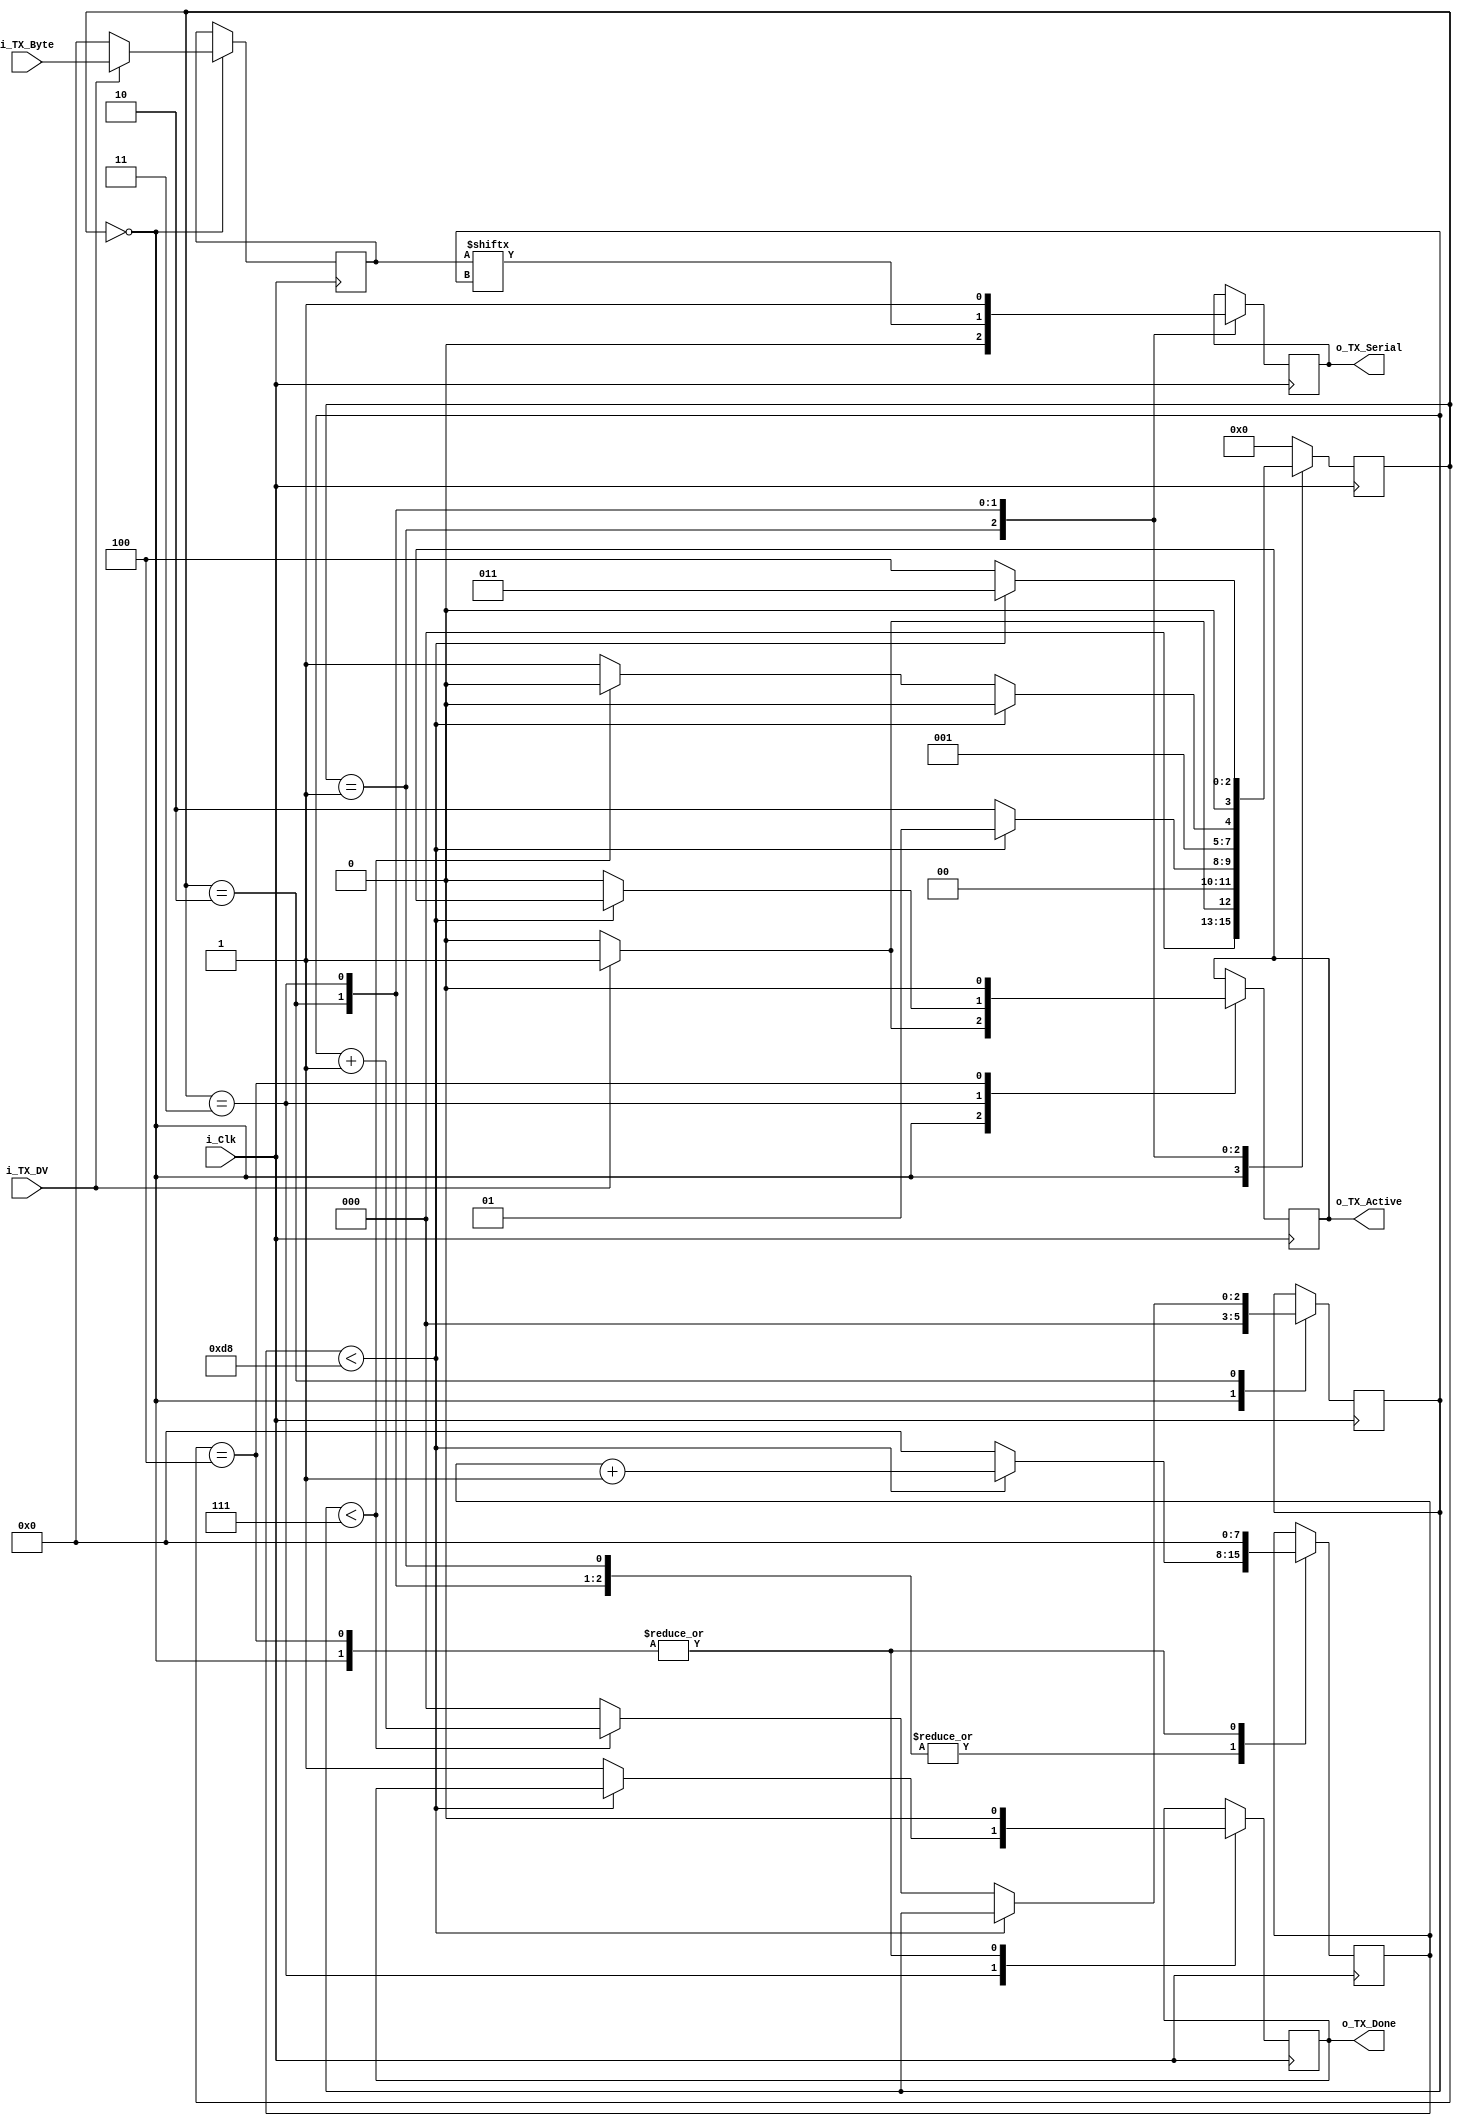
module UART_TX 
#(parameter CLKS_PER_BIT = 217)
(
    input i_Clk,
    input i_TX_DV, //Data valid signal to start parallelising 
    input [7:0] i_TX_Byte,
    output o_TX_Active, //HIGH when data is being parallelised
    output reg o_TX_Serial, //Serial out 
    output o_TX_Done //HIGH pulse of one clock cycle duration when done
);

    //My implementation 
    parameter IDLE = 4'b0000;
    parameter TX_START_BIT = 4'b0001;
    parameter TX_DATA_BIT = 4'b0010;
    parameter TX_STOP_BIT = 4'b0011;
    parameter CLEANUP = 4'b0100;

    reg [7:0] r_Clock_Counter = 0;
    reg [2:0] r_Bit_Index = 0;
    reg [3:0] r_SM_Main = IDLE;
    reg [7:0] r_TX_Data = 0; 
    reg r_TX_Serial = 0;
    reg r_TX_Done = 0;
    reg r_TX_Active = 0;
    
    always @(posedge i_Clk)
    begin
        case (r_SM_Main)
            IDLE:
            begin
                r_TX_Data <=0;
                r_TX_Active <=0;
                r_TX_Done <= 0;
                r_TX_Data <= 0;
                r_TX_Serial <= 0;
                r_Bit_Index <= 0;
                r_Clock_Counter <= 0;

                if(i_TX_DV == 1'b1)
                begin
                    //Start parallelising
                    r_SM_Main <= TX_START_BIT;
                    r_TX_Active <= 1'b1;
                    r_TX_Data <= i_TX_Byte;
                end
                else
                    r_SM_Main <= IDLE;
            end

            TX_START_BIT:
            begin
                o_TX_Serial <= 1'b0;

                //Keep for CLKS_PER_BIT clock cycles
                if(r_Clock_Counter < CLKS_PER_BIT - 1)
                begin
                    r_Clock_Counter <= r_Clock_Counter +1;
                    r_SM_Main <= TX_START_BIT;
                end
                else begin
                    r_SM_Main <= TX_DATA_BIT;
                    r_Clock_Counter <= 0;
                end
            end

            TX_DATA_BIT:
            begin
                //Send data on Serial out line 
                o_TX_Serial <= r_TX_Data[r_Bit_Index];

                //Wait for CLKS_PER_BIT clock cycles before sending next data bit
                if(r_Clock_Counter < CLKS_PER_BIT -1)
                begin
                    r_SM_Main <= TX_DATA_BIT;
                    r_Clock_Counter <= r_Clock_Counter +1;
                end
                else
                begin
                    r_Clock_Counter <= 0;

                    if(r_Bit_Index <7)
                    begin
                        r_Bit_Index <= r_Bit_Index +1;
                        r_SM_Main <= TX_DATA_BIT;
                    end
                    else
                    begin
                        r_Bit_Index <= 0;
                        r_SM_Main <= TX_STOP_BIT;
                    end
                end  
            end

            TX_STOP_BIT:
            begin
                //Send out the stop bit (HIGH) and then wait for CLKS_PER_BIT clock cycles

                o_TX_Serial <= 1'b1;

                if(r_Clock_Counter < CLKS_PER_BIT -1)
                begin
                    r_Clock_Counter <= r_Clock_Counter +1;
                    r_SM_Main <= TX_STOP_BIT;
                end

                //Stays for 1 clock cycle here
                else begin
                    r_Clock_Counter <= 0;
                    r_TX_Active <= 1'b0;
                    r_TX_Done <= 1'b1;
                    r_SM_Main <= CLEANUP;
                end
            end

            //Stays for 1 clock cycle here
            CLEANUP:
            begin
                r_Clock_Counter <= 0;
                r_TX_Active <= 1'b0;
                r_TX_Done <= 1'b0; //Makes done signal low after one clock cycle
                r_SM_Main <= IDLE;
            end

            default:
                r_SM_Main <= IDLE;
        endcase
    end
    assign o_TX_Active = r_TX_Active;
    assign o_TX_Done = r_TX_Done;
endmodule